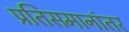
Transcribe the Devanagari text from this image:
प्रतिसमानांतर